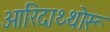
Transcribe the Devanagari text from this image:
ओरिदाथ्थोरू